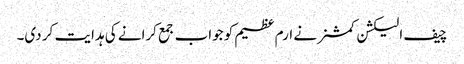
چیف الیکشن کمشنر نے ارم عظیم کو جواب جمع کرانے کی ہدایت کر دی۔